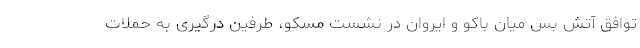
توافق آتش بس میان باکو و ایروان در نشست مسکو، طرفین درگیری به حملات